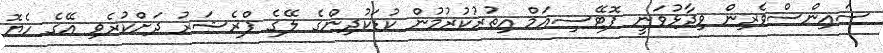
ސައިންސްވެރިން ވިދާޅުވަނީ ޕޮޓޭސިއަމް އިތުރުކުރުމުން ކުޑަކުދިންގެ ލޭގެ ޕްރެޝަރު ދަށްކުރެވި އޭގެ ހެޔޮ